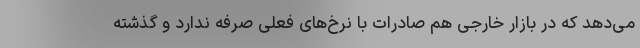
می‌دهد که در بازار خارجی هم صادرات با نرخ‌های فعلی صرفه ندارد و گذشته